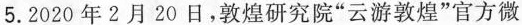
5.2020年2月20日，敦煌研究院”云游敦煌”官方微